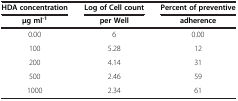
| HDA concentration | Log of Cell count | Percent of preventive |
 | μg ml-1 | per Well | adherence |
 | --- | --- | --- |
 | 0.00 | 6 | 0.00 |
 | 100 | 5.28 | 12 |
 | 200 | 4.14 | 31 |
 | 500 | 2.46 | 59 |
 | 1000 | 2.34 | 61 |